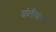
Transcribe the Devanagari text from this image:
वांतीकारक